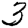
Digit: 3